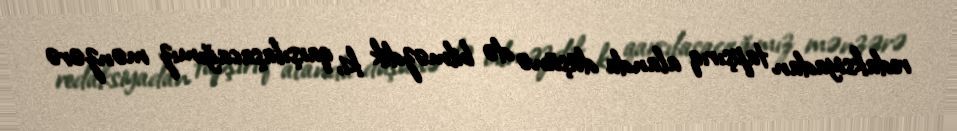
redaksiyadan tapşırıq alanda düşünə də bilməzdik ki, qarşılaşacağımız mənzərə